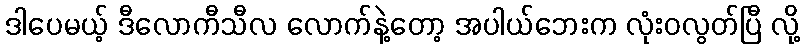
ဒါပေမယ့် ဒီလောကီသီလ လောက်နဲ့တော့ အပါယ်ဘေးက လုံးဝလွတ်ပြီ လို့